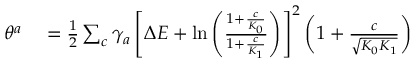
\begin{array} { r l } { \theta ^ { a } } & { { } = \frac { 1 } { 2 } \sum _ { c } \gamma _ { a } \left[ \Delta E + \ln \left( \frac { 1 + \frac { c } { K _ { 0 } } } { 1 + \frac { c } { K _ { 1 } } } \right) \right] ^ { 2 } \left( 1 + \frac { c } { \sqrt { K _ { 0 } K _ { 1 } } } \right) } \end{array}